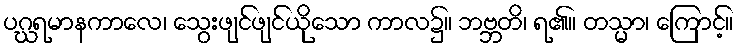
ပဂ္ဃရမာနကာလေ၊ သွေးဖျင်ဖျင်ယိုသော ကာလ၌။ ဘဗ္ဘတိ၊ ရ၏။ တသ္မာ၊ ကြောင့်။